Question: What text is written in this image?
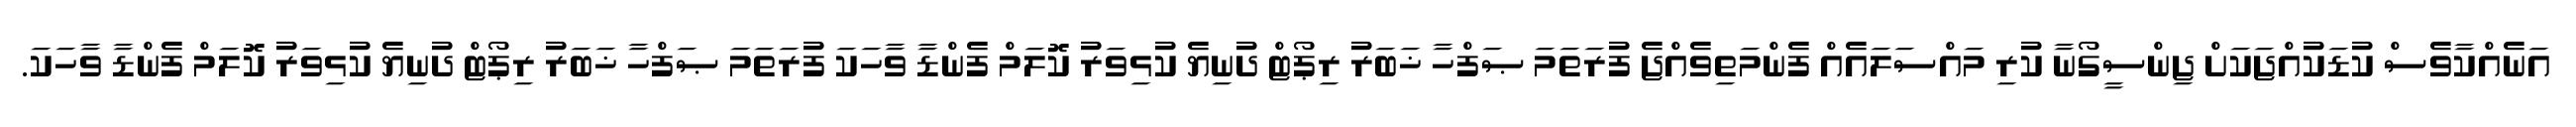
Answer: އަނެއްކާވެސް ކުޑަކުއްޖަކަށް ޖިންސީގޯނާ ކުރި މައްސަލައެއް ފެންމަތިވެއްޖެ ފުރަތަމަ ޞަފްހާ ޚަބަރު ރިޕޯޓް ދުނިޔެ ކުޅިވަރު ކޮލަމް ފެންޑާ ވާހަކަ ފުރަތަމަ ޞަފްހާ ޚަބަރު ރިޕޯޓް ދުނިޔެ ކުޅިވަރު ކޮލަމް ފެންޑާ ވާހަކަ.